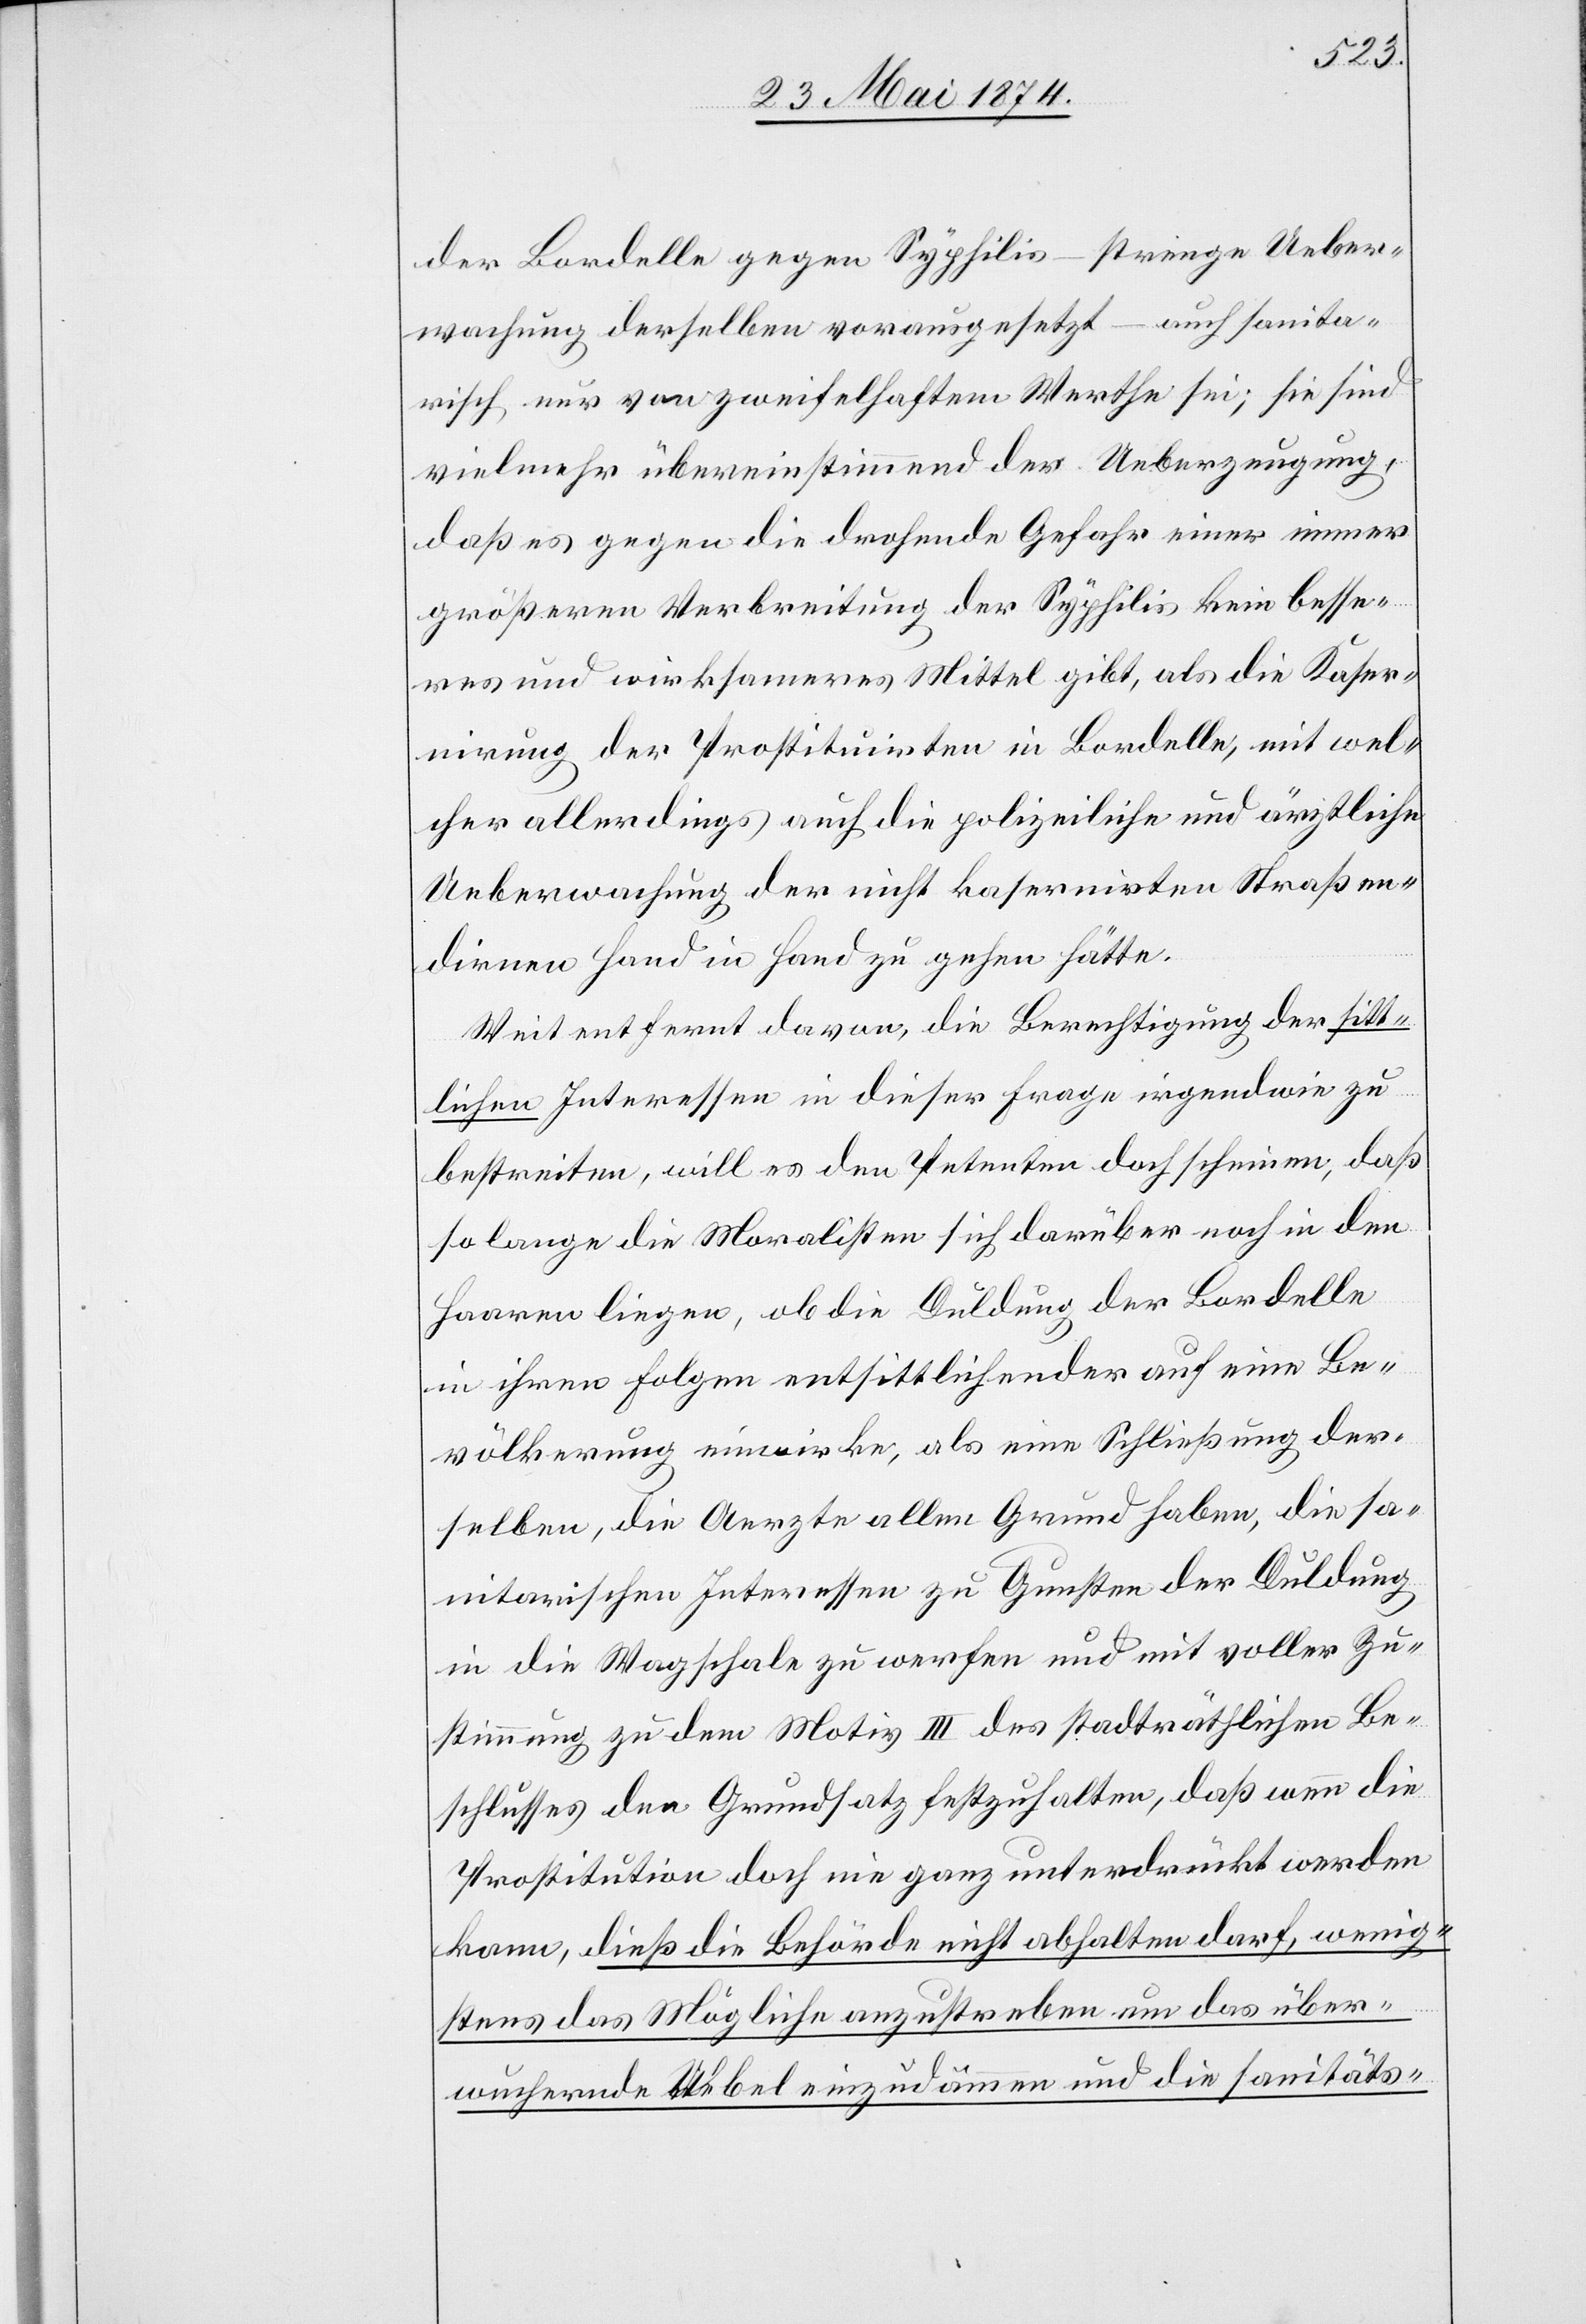
der Bordelle gegen Syphilis – strenge Ueber¬
wachung derselben vorausgesetzt – auch sanita¬
risch nur von zweifelhaftem Werthe sei; sie sind
vielmehr übereinstimmend der Ueberzeugung,
daß es gegen die drohende Gefahr einer immer
größeren Verbreitung der Syphilis kein besse¬
res und wirksameres Mittel gibt, als die Kaser¬
nirung der Prostituirten in Bordelle, mit wel¬
cher allerdings auch die polizeiliche und ärztliche
Ueberwachung der nicht kasernirten Straßen¬
dirnen Hand in Hand zu gehen hätte.
Weit entfernt davon, die Berechtigung der sitt¬
lichen Interessen in dieser Frage irgendwie zu
bestreiten, will es denn Petenten doch scheinen, daß
so lange die Moralisten sich darüber noch in den
Haaren liegen, ob die Duldung der Bordelle
in ihren Folgen entsittlichender auf eine Be¬
völkerung einwirke, als eine Schließung der¬
selben, die Aerzte allen Grund haben, die sa¬
nitarischen Interessen zu Gunsten der Duldung
in die Wagschale zu werfen und mit voller Zu¬
stimmung zu dem Motiv III des stadträthlichen Be¬
schlusses den Grundsatz festzuhalten, daß wenn die
Prostitution doch nie ganz unterdrückt werden
kann, dieß die Behörde nicht abhalten darf, wenig¬
stens das Mögliche anzustreben um das über¬
wuchernde Uebel einzudämmen und die sanitäts-